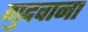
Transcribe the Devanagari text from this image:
गुदवाना